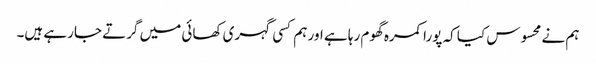
ہم نے محسوس کیا کہ پورا کمرہ گھوم رہا ہے اور ہم کسی گہری کھائی میں گرتے جارہے ہیں۔